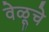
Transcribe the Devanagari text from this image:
वेळूचे